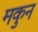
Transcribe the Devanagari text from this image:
मकुन